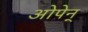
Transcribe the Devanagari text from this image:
ओपेन्